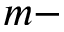
m -